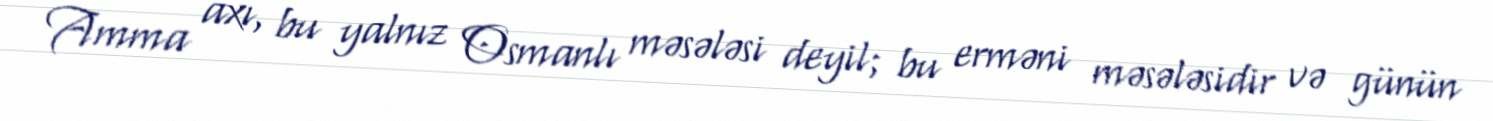
Amma axı, bu yalnız Osmanlı məsələsi deyil; bu erməni məsələsidir və günün